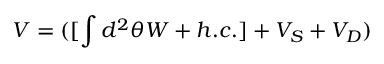
V = ( [ \int d ^ { 2 } \theta W + h . c . ] + V _ { S } + V _ { D } )